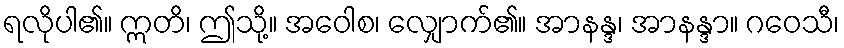
ရလိုပါ၏။ ဣတိ၊ ဤသို့။ အဝေါစ၊ လျှောက်၏။ အာနန္ဒ၊ အာနန္ဒာ။ ဂဝေသီ၊